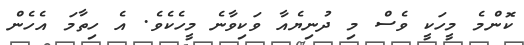
ކޮންމެ މީހަކީ ވެސް މި ދުނިޔެއާ ވަކިވާނެ މީހެކެވެ. އެ ހިތާމަ އެހެން